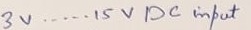
Text: 3V.....15V DC input